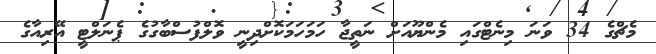
މެޗްގެ 34 ވަނަ މިނެޓްގައި މެންޔޫއަށް ނަތީޖާ ހަމަހަމަކޮށްދިނީ ވޮލްފުސްބާގުގެ ޕެނަލްޓީ އޭރިއާގެ